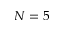
N = 5